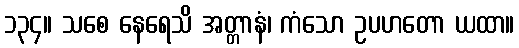
၁၃၄။ သစေ နေရေသိ အတ္တာနံ၊ ကံသော ဥပဟတော ယထာ။